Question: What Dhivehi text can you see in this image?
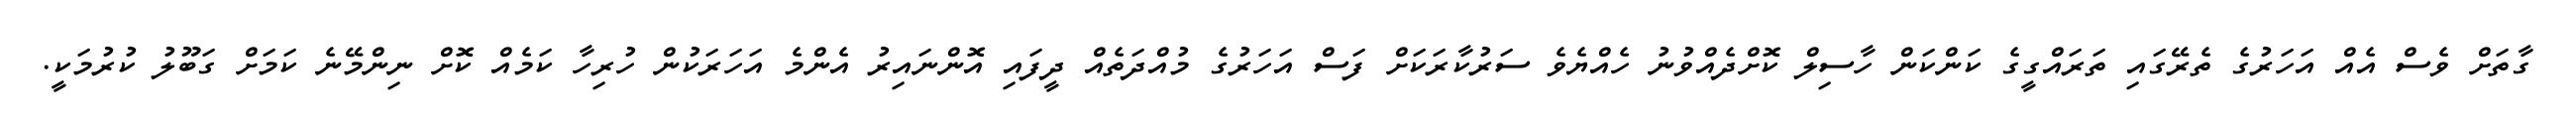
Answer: ގާތަށް ވެސް އެއް އަހަރުގެ ތެރޭގައި ތަރައްގީގެ ކަންކަން ހާސިލް ކޮށްދެއްވުނު ހެއްޔެވެ ސަރުކާރަކަށް ފަސް އަހަރުގެ މުއްދަތެއް ދީފައި އޮންނައިރު އެންމެ އަހަރަކުން ހުރިހާ ކަމެއް ކޮށް ނިންމޭނެ ކަމަށް ގަބޫލު ކުރުމަކީ.